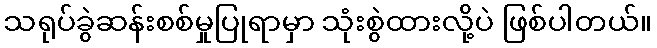
သရုပ်ခွဲဆန်းစစ်မှုပြုရာမှာ သုံးစွဲထားလို့ပဲ ဖြစ်ပါတယ်။